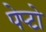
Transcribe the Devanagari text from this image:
पेप्टो